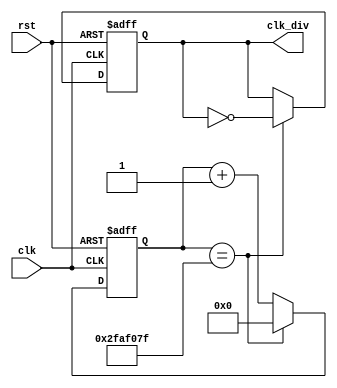
module CLOCK_DIVIDER (
    input clk,
    input rst,
    output reg clk_div
);
    parameter constantNumber = 50000000; // Each 50 million pulses

    reg [31:0] count; // Register to store the count

    always @(posedge clk or posedge rst) begin
        if (rst == 1'b1)
            count <= 32'b0;
        else if (count == constantNumber - 1)
            count <= 32'b0;
        else
            count <= count + 1;
    end
    
    always @(posedge clk or posedge rst) begin
        if (rst == 1'b1)
            clk_div <= 1'b0;
        else if (count == constantNumber - 1)
            clk_div <= ~clk_div;
        else
            clk_div <= clk_div;
    end
endmodule